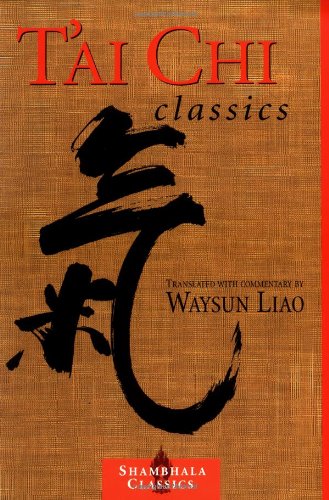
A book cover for T'ai Chi Classics (Shambhala Classics); Waysun Liao; Health, Fitness & Dieting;